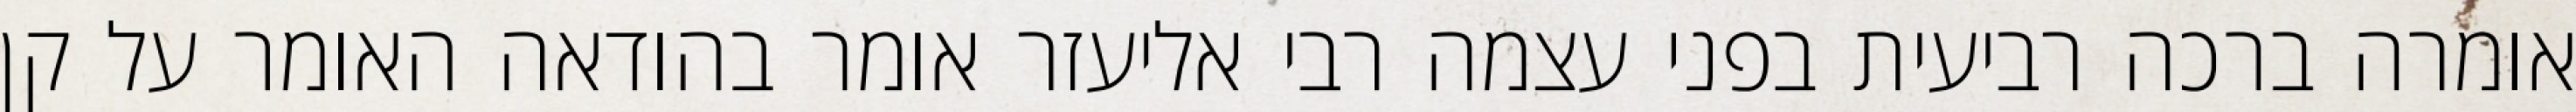
אומרה ברכה רביעית בפני עצמה רבי אליעזר אומר בהודאה האומר על קן